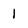
Character: 1